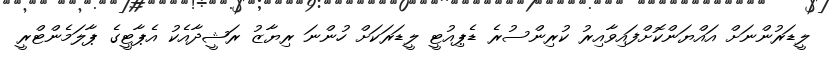
ލީޑަރުންނަށް އައްޔަންކޮށްފައިވާއިރު ކުރިންސުރެ ޑެޕިއުޓީ ލީޑަރަކަށް ހުންނަ ރިޔާޒު ރަޝީދާއެކު އެޕާޓީގެ ޕާލަމެންޓްރީ